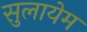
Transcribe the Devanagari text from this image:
सुलायेम